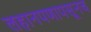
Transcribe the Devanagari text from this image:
लहानपणापसूनच